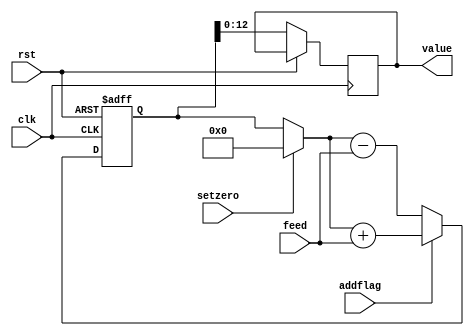
`timescale 1ns / 1ps
//////////////////////////////////////////////////////////////////////////////////
// Company: 
// Engineer: 
// 
// Design Name: 
// Module Name:    accumulater 
// Project Name: 
// Target Devices: 
// Tool versions: 
// Description: 
//
// Dependencies: 
//
// Revision: 
// Revision 0.01 - File Created
// Additional Comments: 
//
//////////////////////////////////////////////////////////////////////////////////
module accumulater(
    input clk,
    input rst,
	 input setzero,
    input [12:0] feed,
	 input addflag,
    output reg [12:0] value
    );

	/*always @(posedge rst) begin
		value = 0;
	end*/

	reg [13:0] buffer;

	always @(posedge clk or posedge rst) begin
		if (rst) begin
			buffer = 0;
		end
		else begin
			value = buffer;
			if (setzero) begin
				buffer = 0;
			end
		
			if(addflag)
				buffer = buffer + feed;
			else
				buffer = buffer - feed;			
		end
		
		$display("acc :: value : %b,  feed : %b, rst : %b, setzero : %b, buffer : %b", value, feed, rst, setzero, buffer);
	end
endmodule